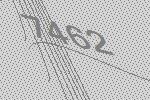
7462